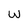
Character: W